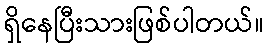
ရှိနေပြီးသားဖြစ်ပါတယ်။